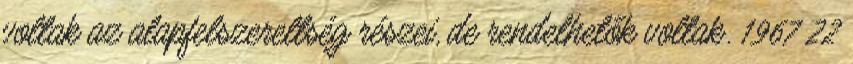
voltak az alapfelszereltség részei, de rendelhetők voltak. 1967 22